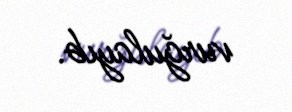
vurğulayıb.